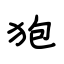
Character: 狍